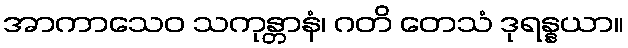
အာကာသေဝ သကုန္တာနံ၊ ဂတိ တေသံ ဒုရန္နယာ။